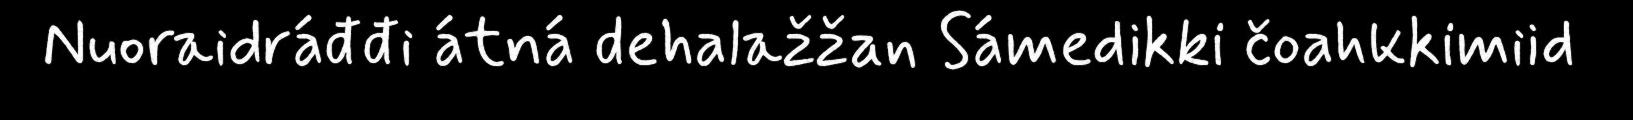
Nuoraidráđđi átná dehalažžan Sámedikki čoahkkimiid